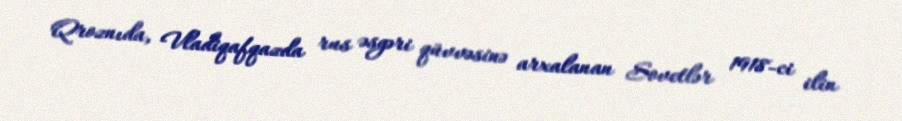
Qroznıda, Vladiqafqazda rus əsgəri qüvvəsinə arxalanan Sovetlər 1918-ci ilin